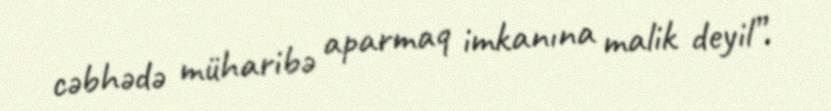
cəbhədə müharibə aparmaq imkanına malik deyil”.